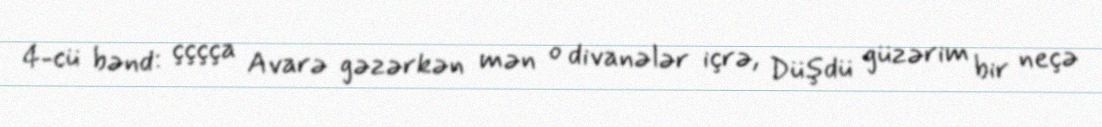
4-cü bənd: çççça Avarə gəzərkən mən o divanələr içrə, Düşdü güzərim bir neçə